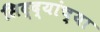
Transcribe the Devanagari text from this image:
सिद्द्यांच्या